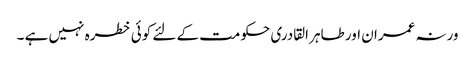
ورنہ عمران اور طاہر القادری حکومت کے لئے کوئی خطرہ نہیں ہے ۔